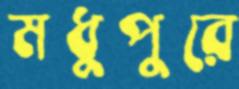
মধুপুরে